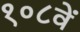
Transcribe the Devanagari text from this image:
१०८वें